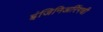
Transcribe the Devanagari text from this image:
इंजिनिअरिंगची